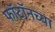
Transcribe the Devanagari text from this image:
फॉटॉनच्या